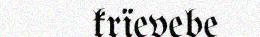
krïevebe